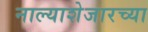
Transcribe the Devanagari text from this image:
नाल्याशेजारच्या